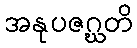
အနုပဇဂ္ဃတိ